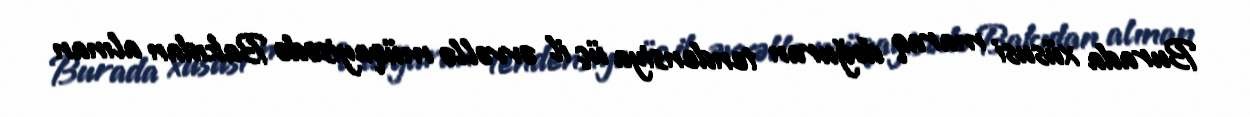
Burada xüsusi maraq doğuran tendensiya üç il əvvəllə müqayisədə Bakıdan alınan